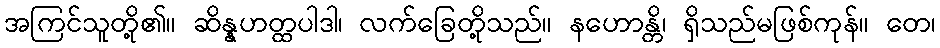
အကြင်သူတို့၏။ ဆိန္နဟတ္ထပါဒါ၊ လက်ခြေတို့သည်။ နဟောန္တိ၊ ရှိသည်မဖြစ်ကုန်။ တေ၊